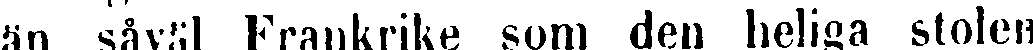
än såväl Frankrike som den heliga stolen